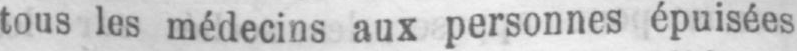
tous les médecins aux personnes épuisées